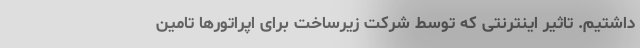
داشتیم. تاثیر اینترنتی که توسط شرکت زیرساخت برای اپراتورها تامین